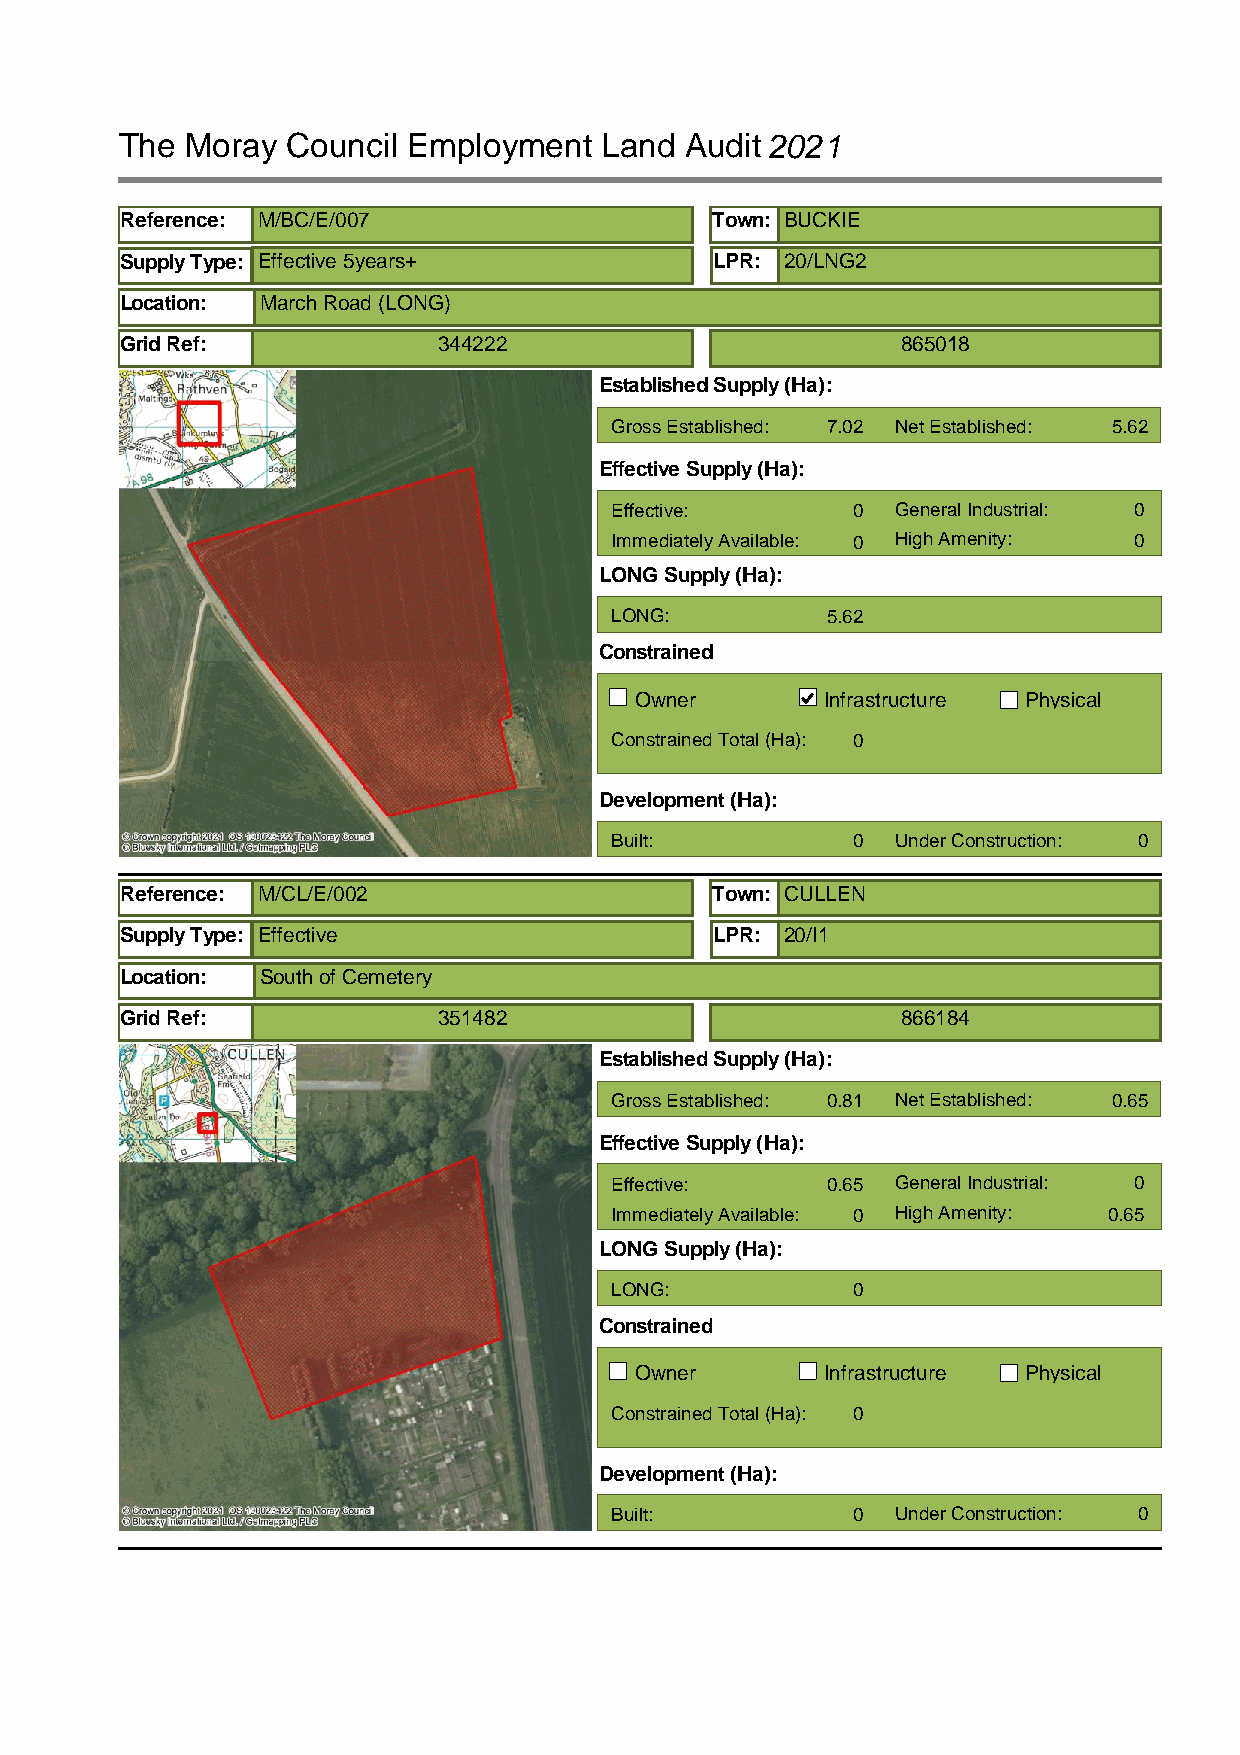
The Moray  Council Employment   Land Audit2021
 Reference: M/BC/E/007                  Town: BUCKIE
 Supply Type: Effective 5years+         LPR: 20/LNG2
 Location: March Road (LONG)
 Grid Ref:            344222                         865018
 Established Supply (Ha):
 Gross Established: 7.02 Net Established: 5.62
 Effective Supply (Ha):
 Effective:      0  General Industrial: 0
 Immediately Available: 0 High Amenity: 0
 LONG Supply (Ha):
 LONG:          5.62
 Constrained
 Owner        Infrastructure Physical
 Constrained Total (Ha): 0
 Development (Ha):
 Built:          0  Under Construction: 0
 Reference: M/CL/E/002                  Town: CULLEN
 Supply Type: Effective                 LPR: 20/I1
 Location: South of Cemetery
 Grid Ref:            351482                         866184
 Established Supply (Ha):
 Gross Established: 0.81 Net Established: 0.65
 Effective Supply (Ha):
 Effective:     0.65 General Industrial: 0
 Immediately Available: 0 High Amenity: 0.65
 LONG Supply (Ha):
 LONG:           0
 Constrained
 Owner        Infrastructure Physical
 Constrained Total (Ha): 0
 Development (Ha):
 Built:          0  Under Construction: 0